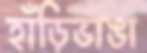
হাঁড়িভাঙা